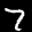
Label: 7